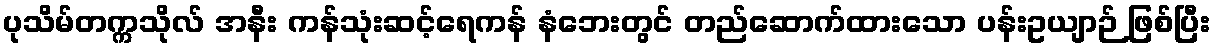
ပုသိမ်တက္ကသိုလ် အနီး ကန်သုံးဆင့်ရေကန် နံဘေးတွင် တည်ဆောက်ထားသော ပန်းဥယျာဉ် ဖြစ်ပြီး